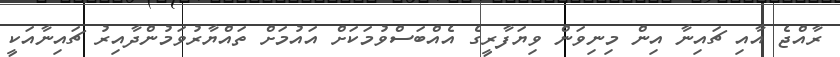
ރާއްޖެ އާއި ޗައިނާ އިން މިނިވަން ވިޔަފާރީގެ އެއްބަސްވުމަކަށް އައުމަށް ތައްޔާރުވަމުންދާއިރު ޗައިނާއަކީ